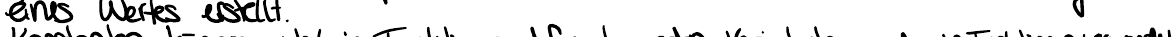
eines Wertes erstellt.